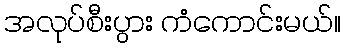
အလုပ်စီးပွား ကံကောင်းမယ်။